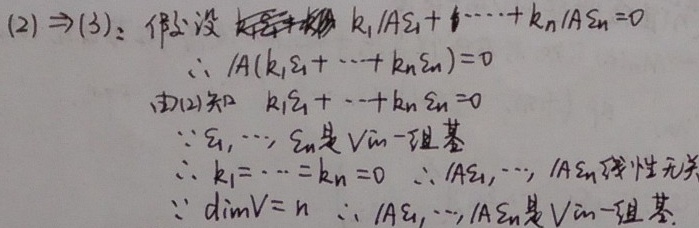
\((2)\Rightarrow(3)\)：假设 \(k_1A\xi_1+\cdots + k_nA\xi_n = 0\)，
\(\therefore A(k_1\xi_1+\cdots + k_n\xi_n)=0\)。
由\((2)\)知 \(k_1\xi_1+\cdots + k_n\xi_n = 0\)。
\(\because\xi_1,\cdots,\xi_n\)是\(V\)的一组基，
\(\therefore k_1=\cdots = k_n = 0\) 。
\(\therefore A\xi_1,\cdots,A\xi_n\)线性无关。
\(\because \dim V = n\)，
\(\therefore A\xi_1,\cdots,A\xi_n\)是\(V\)的一组基。